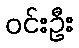
ဝင်းဦး